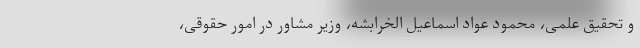
و تحقیق علمی، محمود عواد اسماعیل الخرابشه، وزیر مشاور در امور حقوقی،